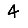
Digit: 4